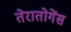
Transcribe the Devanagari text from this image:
तेरातोगेंस